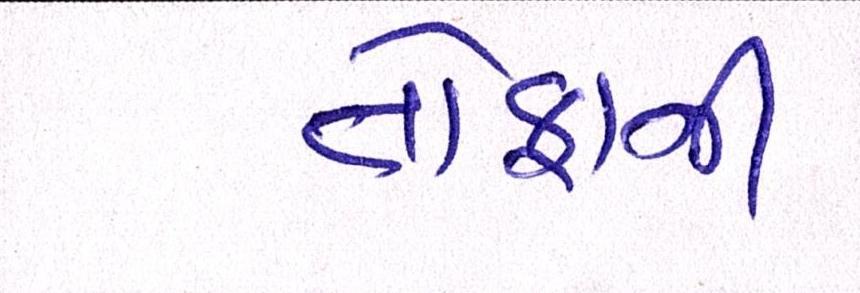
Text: તોફાની